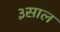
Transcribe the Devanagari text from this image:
३साल